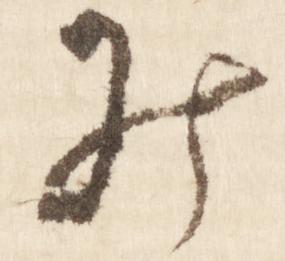
み